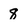
Character: 8